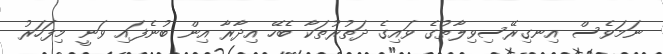
ނަމަވެސް އިނގިރޭސިވިލާތުގެ ވައިގެ ދަތުރުތަކާ ބެހޭ އިދާރާ އިން ބުނެފައި ވަނީ މިފަހަރު